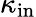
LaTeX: \kappa_{\mathrm{in}}